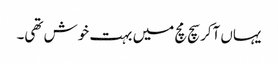
یہاں آکر سچ مچ میں بہت خوش تھی۔